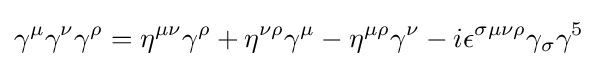
\gamma ^{\mu }\gamma ^{\nu }\gamma ^{\rho }=\eta ^{\mu \nu }\gamma ^{\rho }+\eta ^{\nu \rho }\gamma ^{\mu }-\eta ^{\mu \rho }\gamma ^{\nu }-i\epsilon ^{\sigma \mu \nu \rho }\gamma _{\sigma }\gamma ^{5}